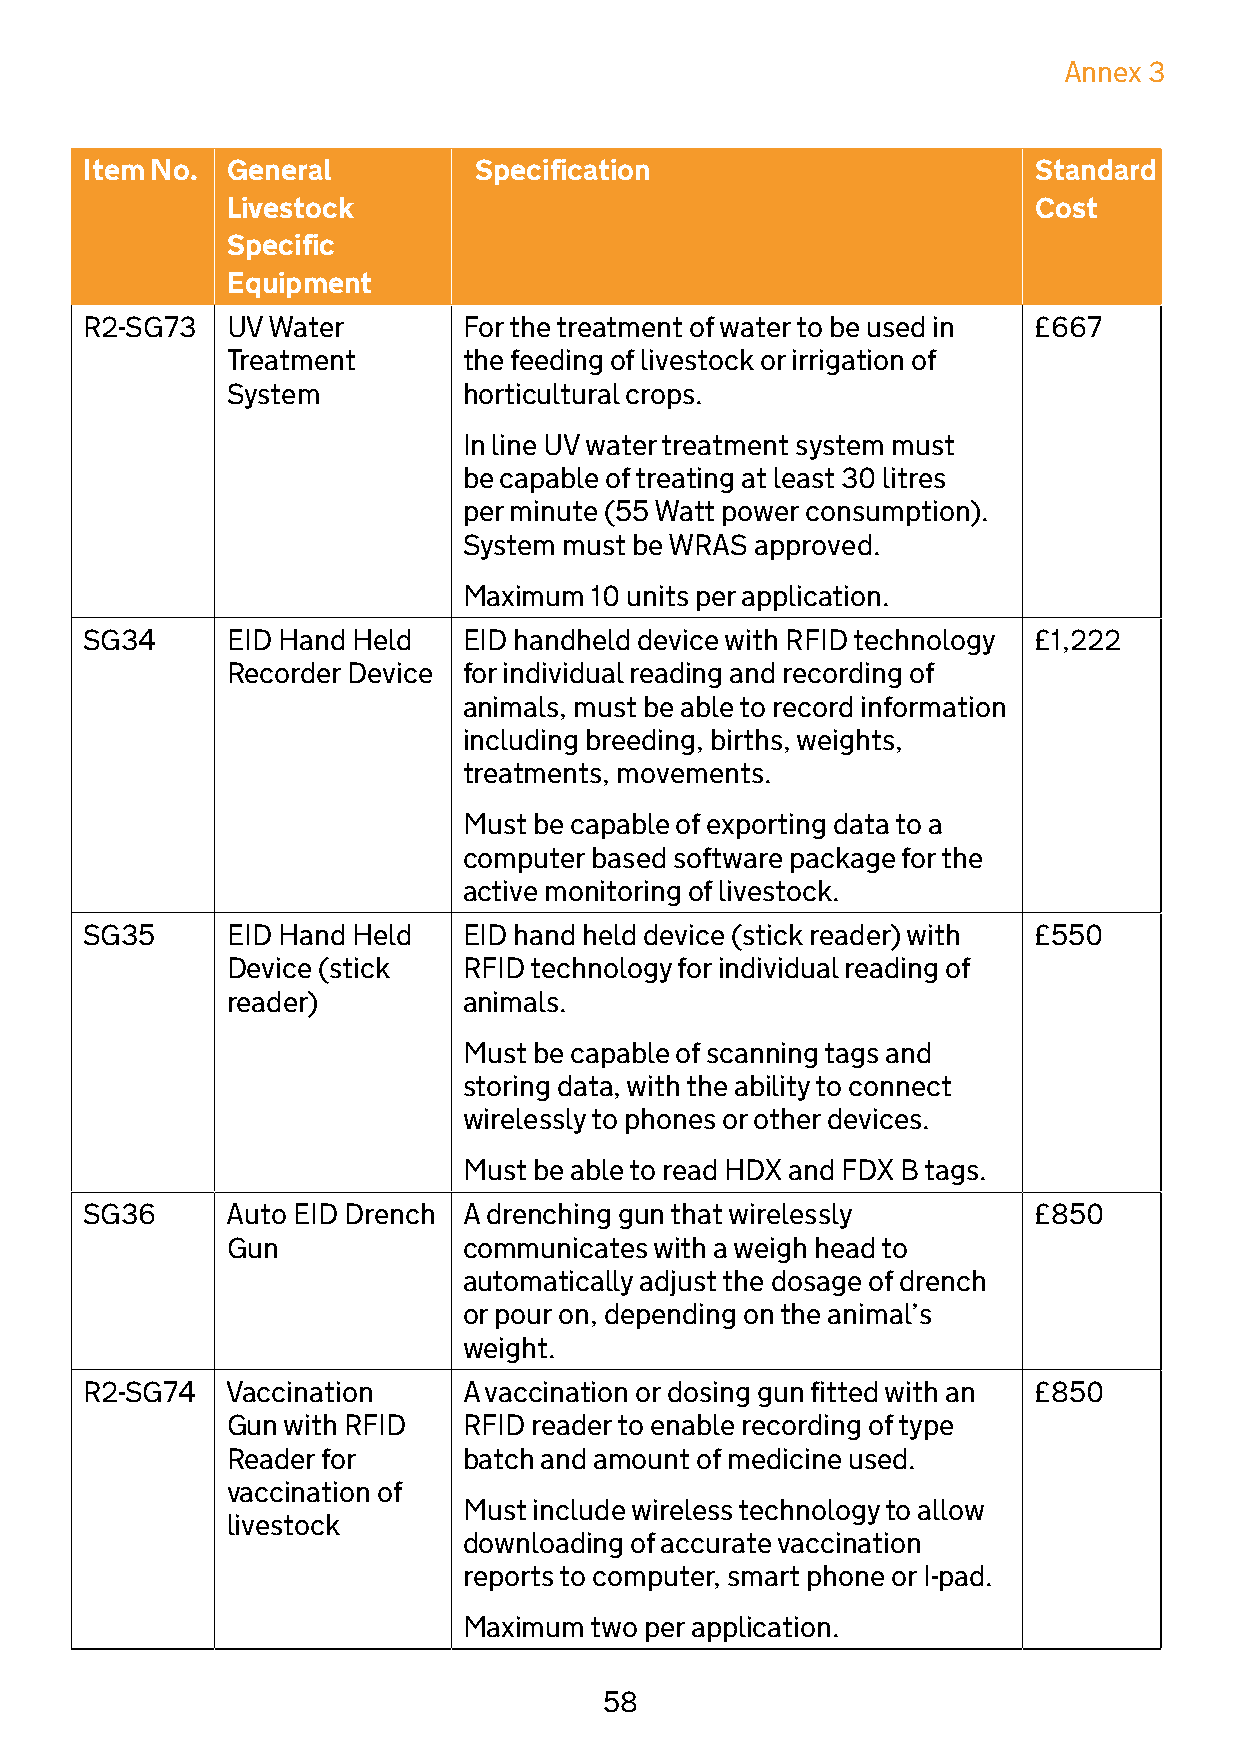
Annex 3
 Item No. General         Specification                        Standard
 Livestock                                            Cost
 Specific
 Equipment
 R2-SG73   UV Water        For the treatment of water to be used in £667
 Treatment       the feeding of livestock or irrigation of
 System          horticultural crops.
 In line UV water treatment system must
 be capable of treating at least 30 litres
 per minute (55 Watt power consumption).
 System must be WRAS approved.
 Maximum 10 units per application.
 SG34      EID Hand Held   EID handheld device with RFID technology £1,222
 Recorder Device for individual reading and recording of
 animals, must be able to record information
 including breeding, births, weights,
 treatments, movements.
 Must be capable of exporting data to a
 computer based software package for the
 active monitoring of livestock.
 SG35      EID Hand Held   EID hand held device (stick reader) with £550
 Device (stick   RFID technology for individual reading of
 reader)         animals.
 Must be capable of scanning tags and
 storing data, with the ability to connect
 wirelessly to phones or other devices.
 Must be able to read HDX and FDX B tags.
 SG36      Auto EID Drench A drenching gun that wirelessly      £850
 Gun             communicates with a weigh head to
 automatically adjust the dosage of drench
 or pour on, depending on the animal’s
 weight.
 R2-SG74   Vaccination     A vaccination or dosing gun fitted with an £850
 Gun with RFID   RFID reader to enable recording of type
 Reader for      batch and amount of medicine used.
 vaccination of
 Must include wireless technology to allow
 livestock
 downloading of accurate vaccination
 reports to computer, smart phone or I-pad.
 Maximum two per application.
 58